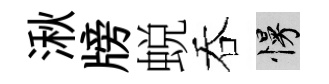
湫牓蜕吞慢